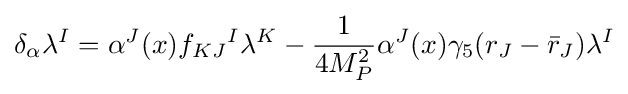
\delta _{\alpha }\lambda ^{I}=\alpha ^{J}(x)f_{KJ}{}^{I}\lambda ^{K}-{\frac {1}{4M_{P}^{2}}}\alpha ^{J}(x)\gamma _{5}(r_{J}-{\bar {r}}_{J})\lambda ^{I}